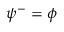
\psi ^ { - } = \phi